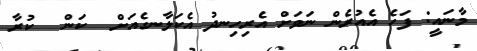
މާނައީ: ފަހެ އެއުރެން ނަވަށް އެރިހިނދު އެކަލާނގެއަށް  ކަން  ކުރާ